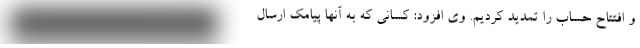
و افتتاح حساب را تمدید کردیم. وی افزود: کسانی که به آنها پیامک ارسال